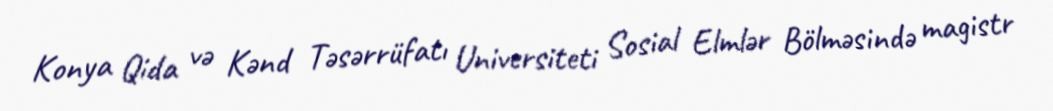
Konya Qida və Kənd Təsərrüfatı Universiteti Sosial Elmlər Bölməsində magistr